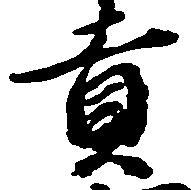
貢